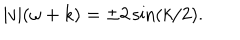
LaTeX: | v | ( \omega + k ) = \pm 2 \sin ( k / 2 ) .